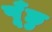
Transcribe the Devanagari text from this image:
पूँछु